Vaccination North-Western Provinces and Oudh 1878-1895 - 1878-1895
Year: 1878
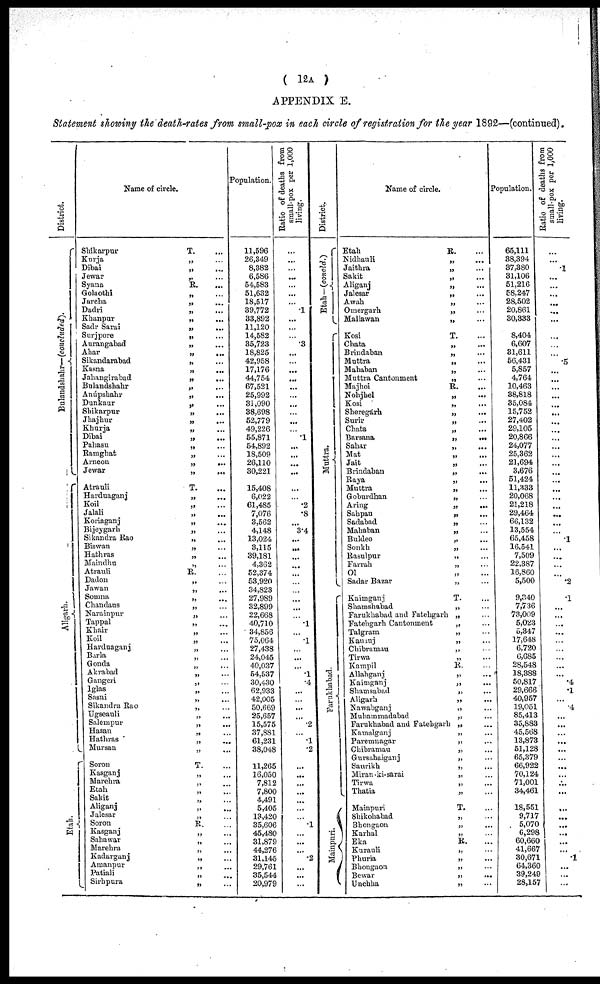
( 12A )
APPENDIX E.
Statement showing the death-rates from small-pox in each circle of registration for the year 1892—(continued).
District.
Bulandshahr—(concluded).
Aligarh.
Etah.
Name of circle.
Shikarpur
T. ...
Kurja
„ ...
Dibai
„ ...
Jewar
„ ...
Syana
R. ...
Golaothi
„ ...
Jarcha
„ ...
Dadri
„ ...
Khanpur
„
...
Sadr Sarai
„
...
Surjpore
„ ...
Aurangabad
„ ...
Ahar
„
...
Sikandarabad
„ ...
Kasna
„ ...
Jahangirabad
„
...
Bulandshahr
„ ...
Anúpshahr
„
...
Dunkaur
„ ...
Shikarpur
„ ...
Jhajhur
„
...
Khurja
„ ...
Dibai
„
...
Pahasu
„ ...
Ramghat
„ ...
Arneon
„
...
Jewar
„
...
Atrauli
T. ...
Harduaganj
„ ...
Roil
„ ...
Jalali
„ ...
Koriaganj
„ ...
Bijeygarh
„ ...
Sikandra Rao
„ ...
Biswan
„ ...
Hathras
„ ...
Maindhu
„ ...
Atrauli
R. ...
Dadon
„ ...
Jawan
„ ...
Somna
„ ...
Chandaus
„ ...
Narainpur
„ ...
Tappal
„ ...
Khair
„ ...
Roil
„ ...
Harduaganj
„ ...
Barla
„
...
Gonda
„ ...
Akrabad
„ ...
Gangeri
„ ...
lglas „ ...
Sasni
„ ...
Sikandra Rao
„ ...
Ugseauli
„ ...
Salempur
„ ...
Hasan
„ ...
Hathras
„ ...
Mursan
„ ...
Soron
T. ...
Kasganj
„ ...
Marehra
„ ...
Etah
„ ...
Sakit
„ ...
Aliganj
„ ...
Jalesar
„ ...
Soron
R. ...
Kasganj
„ ...
Sahawar
„ ...
Marehra
„ ...
Kadarganj
„
...
Amanpur
„ ...
Patiali
„ ...
Sirhpura
„ ...
Population.
11,596
26,349
8,382
6,586
54,583
51,632
18,517
39,772
33,892
11,120
14,582
35,723
18,825
42,958
17,176
44,754
67,521
25,992
31,090
38,698
52,779
49,226
55,871
54,892
18,509
26,110
30,221
15,408
6,022
61,485
7,076
3,562
4,148
13,024
3,115
39,181
4,362
52,374
53,920
34,823
27,989
32,899
22,668
40,710
34,856
75,064
27,438
24,045
40,037
54,537
30,430
62,933
42,005
50,669
25,657
15,575
37,881
61,231
38,048
11,265
16,050
7,812
7,800
4,491
5,405
13,420
35,606
45,480
31,879
44,276
31,145
29,761
35,544
20,979
Ratio of deaths from
small-pox per 1,000
living.
...
...
...
...
...
...
...
.1
...
...
...
.3
...
...
...
...
...
...
...
...
...
...
.1
...
...
...
...
...
...
.2
.8
...
3.4
...
...
...
...
...
...
...
...
...
...
.1
...
.1
...
...
...
.1
.4
...
...
...
...
.2
...
.1
.2
...
...
...
...
...
...
...
.1
...
...
...
.2
...
...
...
District.
Etah—(concld.)
Muttra.
Farukhabad.
Mainpuri.
Name of circle.
Etah
R. ...
Nidhauli
„ ...
Jaithra
„ ...
Sakit
„ ...
Aliganj
„ ...
Jalesar
„ ...
Awah
„ ...
Omergarh
„ ...
Mallawan
„ ...
Kosi
T. ...
Chata
„ ...
Brindaban
„ ...
Muttra
„ ...
Mahaban
„ ...
Muttra Cantonment
„ ...
Majhoi
R.
...
Nohjhel
„ ...
Kosi
„ ...
Sheregarh
„ ...
Surir
„ ...
Chata
„ ...
Barsana
„
...
Sahar
„ ...
Mat
„ ...
Jait
„ ...
Brindaban
„
...
Raya
„ ...
Muttra
„ ...
Goburdban
„ ...
Aring
„ ...
Sahpau
„ ...
Sadabad
„ ...
Mahaban
„ ...
Buldeo
„ ...
Sonkh
„ ...
Rasulpur
„ ...
Farrah
„ ...
Ol „ ...
Sadar Bazar
„ ...
Kaimganj
T. ...
Shamshabad
„ ...
Farukhabad and Fatehgarh „ ...
Fatehgarh Cantonment
„ ...
Talgram
„ ...
Katmuj
„ ...
Chibramau
„ ...
Tirwa
„ ...
Kampil
R. ...
Allahganj
„ ...
Kaimganj
„ ...
Shamsabad
„
...
Aligarh
„ ...
Nawabganj
„ ...
Muhammadabad
„ ...
Farukhabad and Fatehgarh „ ...
Kamalganj
„ ...
Parenmagar
„ ...
Chibramau
„ ...
Gursahaiganj
„ ...
Saurikh
„ ...
Miran -ki- sarai
„ ...
Tirwa
„ ...
Thatia
„ ...
Mainpuri
T. ...
Shikohabad
„ ...
Bhongaon
„
...
Karhal
„ ...
Eka
R. ...
Kurauli
„ ...
Phuria
„ ...
Bhongaon
„ ...
Bewar
„
...
Unchha „ ...
Population.
65,111
38,394
37,380
31,106
51,216
58,247
28,502
20,861
30,333
8,404
6,607
31,611
56,431
5,857
4,764
10,463
38,818
35,084
15,752
27,402
29,105
20,866
24,077
25,362
21,694
3,676
51,424
11,333
20,068
21,218
29,464
66,132
13,554
65,458
16,541
7,509
22,387
16,860
5,500
9,340
7,736
73,009
5,023
5,347
17,648
6,720
6,685
28,548
18,388
50,817
29,666
40,957
19,051
85,413
35,883
45,568
13,873
51,128
65,379
66,922
70,124
71,001
34,461
18,551
9,717
5,070
6,298
60,660
41,667
30,671
64,360
39,249
28,157
Ratio of deaths from
small-pox per 1,000
living.
...
...
.1
...
...
...
...
...
...
...
...
...
.5
...
...
...
...
...
...
...
...
...
...
...
...
...
...
...
...
...
...
...
...
1
...
...
...
...
.2
.1
...
...
...
...
...
...
...
...
...
.4
.1
...
.4
...
...
...
...
...
...
...
...
...
...
...
...
...
...
...
...
.1
...
.1
...